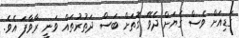
ގަޑިއަށް ވެސް ގެޔަށް ދެވޭ ގޮތަށް ބަސް ދަތުރުތައް ވަނީ ރާވާފަ އެވެ.